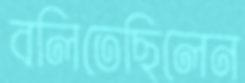
বলিতেছিলেন